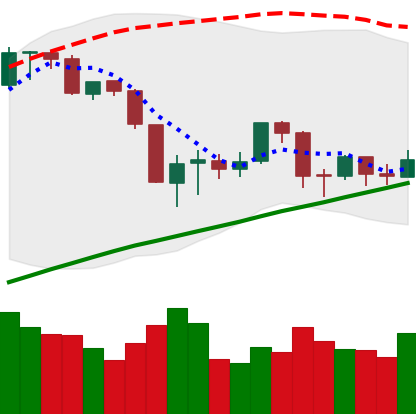
Ticker: BTC-USD
Chart end date: 2019-08-26
Forward return: -7.137%
Label: down_7plus